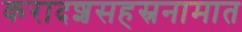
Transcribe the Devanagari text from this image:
करादशसहस्रनामात